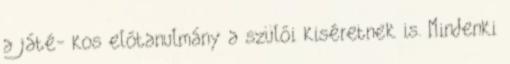
a játé- kos előtanulmány a szülői kiséretnek is. Mindenki